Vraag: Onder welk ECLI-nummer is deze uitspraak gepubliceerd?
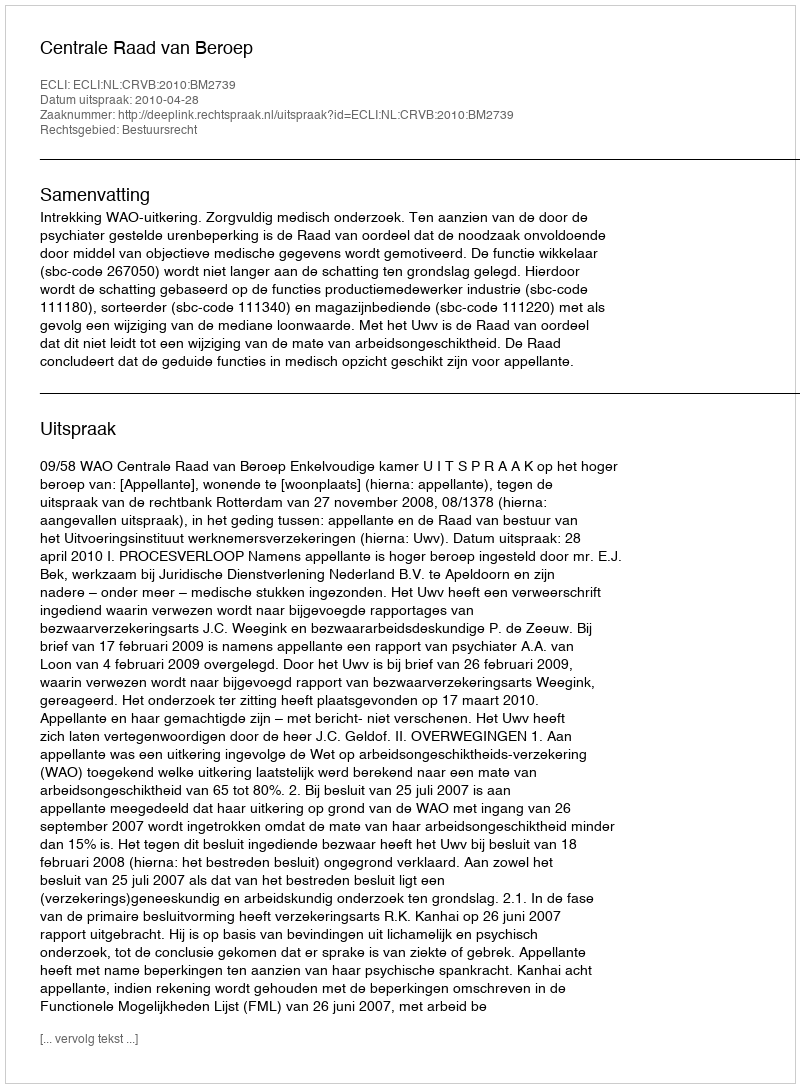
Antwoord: ECLI:NL:CRVB:2010:BM2739